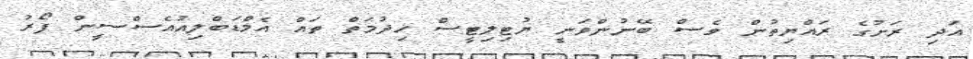
އަދި ރަށުގެ ރައްޔިތުން ވެސް ބޭނުންވަނީ ޔުޓިލިޓީސް ހިދުމަތް ތައް އެމްޑަބްލިއުއެސްސީން ފޯރު